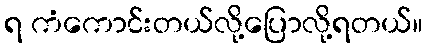
ရ ကံကောင်းတယ်လို့ပြောလို့ရတယ်။